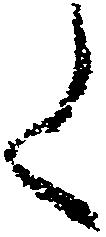
く